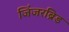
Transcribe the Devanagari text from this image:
जिंजरब्रिड